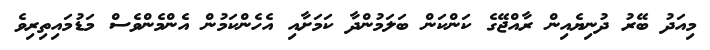
މިއަދު ބޭރު ދުނިޔެއިން ރާއްޖޭގެ ކަންކަން ބަލަމުންދާ ކަމަށާއި އެހެންކަމުން އެންމެންވެސް މަޑުމައިތިރިވެ